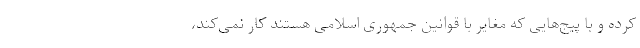
کرده و با پیج‌هایی که مغایر با قوانین جمهوری اسلامی هستند کار نمی‌کند،